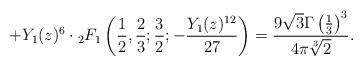
LaTeX: \begin{align*}+Y_1(z)^6\cdot {}_2F_1\left(\frac{1}{2},\frac{2}{3};\frac{3}{2};-\frac{Y_1(z)^{12}}{27}\right)=\frac{9\sqrt{3}\Gamma\left(\frac{1}{3}\right)^3}{4\pi \sqrt[3]{2}}.\end{align*}